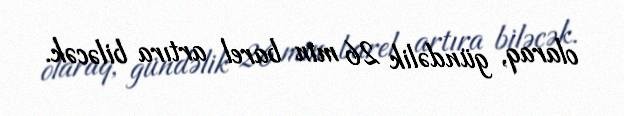
olaraq, gündəlik 26 min barel artıra biləcək.